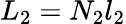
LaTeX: L_{2}=N_{2}l_{2}